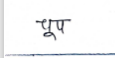
मजकूर: चुप